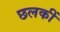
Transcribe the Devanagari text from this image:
छलकीं